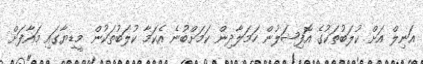
އަނިލް އަށް ކުލަބުތަކުގެ އޮފިޝަލުން ހަމަލާދިން ކަމަށްބުނެ އެކަމާ ކުލަބުތަކުން މީޑިޔާގައި މައާފަށް